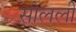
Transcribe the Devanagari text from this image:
सोलली